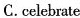
C.celebrate